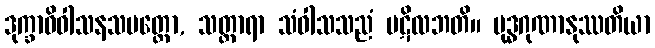
ဒုက္ခာဓိဝါသနသမတ္ထော, သတ္ထာရာ သံဝါသသညံ ပဋိလဘတိ။ ဗုဒ္ဓဂုဏာနုဿတိယာ